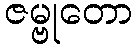
ဇမ္ဗုတော